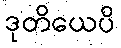
ဒုတိယေပိ